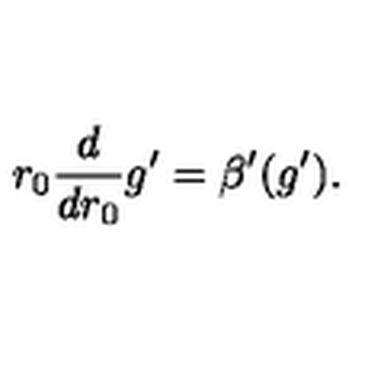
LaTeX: r _ { 0 } \frac { d } { d { r _ { 0 } } } g ^ { \prime } = \beta ^ { \prime } ( g ^ { \prime } ) .